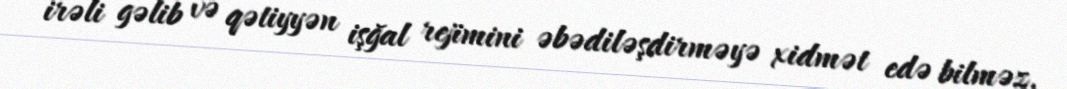
irəli gəlib və qətiyyən işğal rejimini əbədiləşdirməyə xidmət edə bilməz.